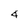
Character: 4